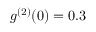
g ^ { ( 2 ) } ( 0 ) = 0 . 3